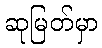
ဆုမြတ်မှာ